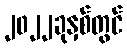
၂၀၂၂ခုနှစ်တွင်